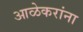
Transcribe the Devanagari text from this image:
आळेकरांना